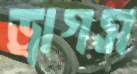
ড্রাগস